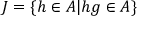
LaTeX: J = \{ h \in A | h g \in A \}